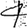
Digit: 4